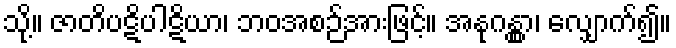
သို့။ ဇာတိပဋိပါဋိယာ၊ ဘဝအစဉ်အားဖြင့်။ အနုဂန္တွာ၊ လျှောက်၍။